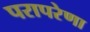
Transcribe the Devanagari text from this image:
परापरेणा